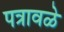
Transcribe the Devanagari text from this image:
पत्रावळे